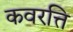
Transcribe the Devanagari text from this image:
कवरत्ति